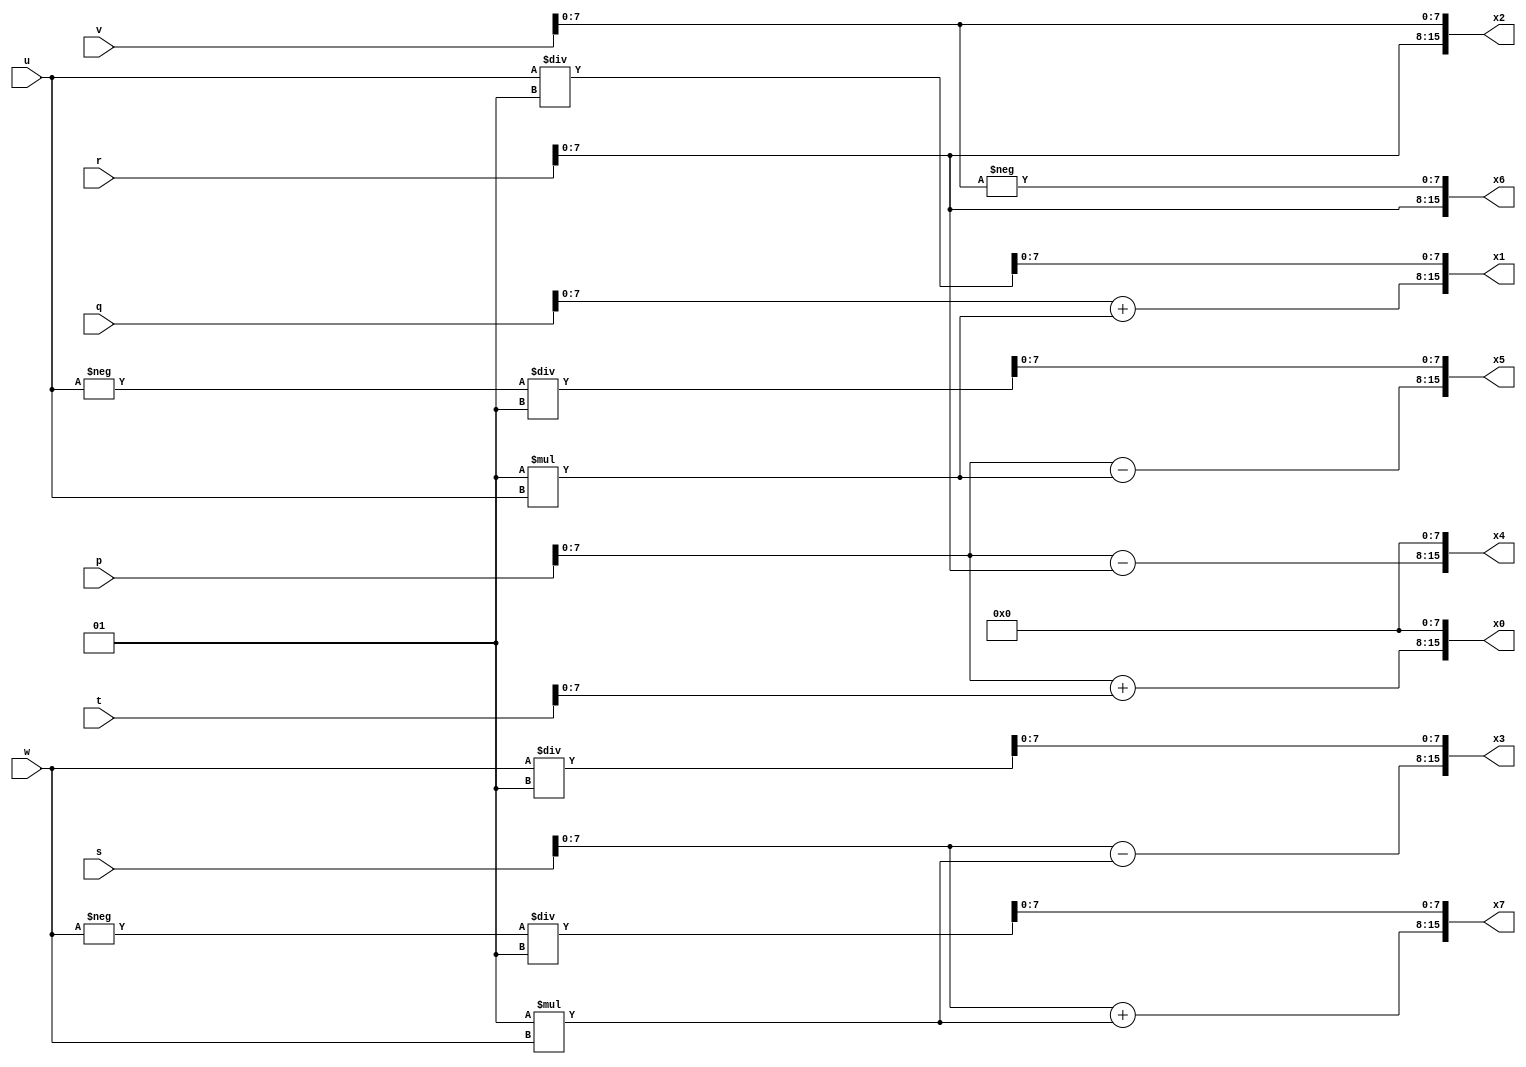
module fft8pt(p,q,r,s,t,u,v,w,x0,x1,x2,x3,x4,x5,x6,x7);
input signed [15:0] p,q,r,s,t,u,v,w;
output reg signed [15:0] x0,x1,x2,x3,x4,x5,x6,x7;
always @ (*) begin 
x0[15:8] <= p + t ;
x0[7:0] <= 8'b0;
x1[15:8] <= q + (0.707*u);
x1[7:0] <= u/0.707;
x2[15:8] <= r ;
x2[7:0] <= v;
x3[15:8] <= s - (0.707*w);
x3[7:0] <= w/0.707;
x4[15:8] <= p - r;
x4[7:0] <= 8'b0;
x5[15:8] <= p - (0.707*u);
x5[7:0] <= - u/0.707;
x6[15:8] <= r;
x6[7:0] <= -v;
x7[15:8] <= s + (0.707*w);
x7[7:0] <= - w/0.707;
end
endmodule